Notes on vaccination in the North-West Frontier Province 1923-1928 - 1923-1928
Year: 1923
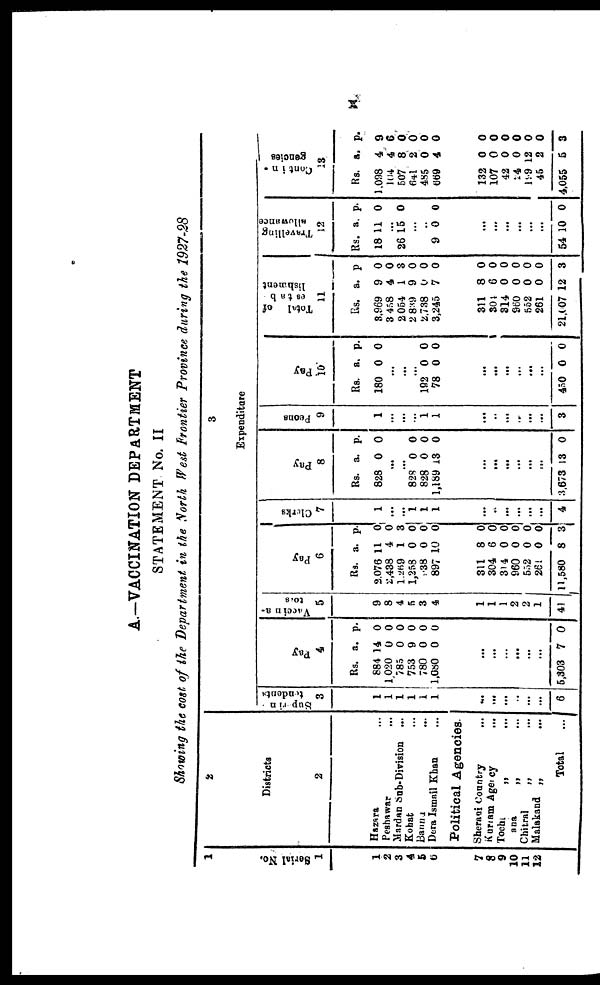
x
A.—VACCINATION DEPARTMENT
STATEMENT No. II
Showing the cost of the Department in the North West Frontier Province during the 1927-28
1
Serial No.
1
1
2
3
4
5
6
7
8
9
10
11
12
2
Districts
2
Hazara ...
Peshawar ...
Mardan Sub-Division ...
Kohat ...
Bannu
...
Dera Ismail Khan
Political Agencies.
Sherani Country ...
Kurram Agency
...
Tochi
„ ...
ana
„ ...
Chitral
„ ...
Malakand „
...
Total ...
3
Expenditure
Superin-
tendents.
3
1
1
1
1
1
1
...
...
...
...
...
...
6
Pay
4
Rs.
884
1,020
785
753
780
1,080
a.
14
0
0
9
0
0
p.
0
0
0
0
0
0
...
...
...
...
...
...
5,303 7 0
Vaccina-
tors
5
9
8
4
5
3
4
1
1
1
2
2
1
41
Pay
6
Rs.
2,076
2,438
1,269
1,258
938
897
a.
11
4
1
0
0
10
p.
0
0
3
0
0
0
311
304
314
960
552
264
11,580
8
6
0
0
0
0
8
0
0
0
0
0
0
3
Clerks
7
1
...
...
1
1
1
...
...
...
...
...
...
4
Pay
8
Rs.
828
a.
0
p.
0
...
...
828
828
1,189
0
0
13
0
0
0
...
...
...
...
...
...
3,673 13 0
Peons
9
1
...
...
...
1
1
...
...
...
...
...
...
3
Pay
10
Rs.
180
a.
0
p.
0
...
...
...
192
78
0
0
0
0
...
...
...
...
...
...
450 0 0
Total of
estab-
lishment
11
Rs.
3,969
3,458
2,054
2,839
2,738
3,245
a.
9
4
1
9
0
7
p.
0
0
3
0
0
0
311
304
314
960
552
261
21,007
8
6
0
0
0
0
12
0
0
0
0
0
0
3
Travelling
allowance
12
Rs.
18
a.
11
p.
0
...
26 15 0
...
...
9 0 0
...
...
...
...
...
...
54 10 0
Contin-
gencies
13
Rs.
1,098
104
507
641
485
669
a.
4
4
8
2
0
4
p.
9
6
0
0
0
0
132
107
42
24
199
45
4,055
0
0
0
0
12
2
5
0
0
0
0
0
0
3